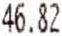
46.82